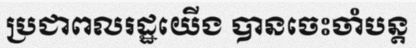
ប្រជាពលរដ្ឋយើង បានចេះចាំបន្ត